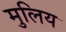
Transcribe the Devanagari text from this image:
मुलिय